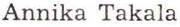
Annika Takala